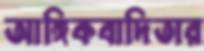
আঙ্গিকবাদিতার